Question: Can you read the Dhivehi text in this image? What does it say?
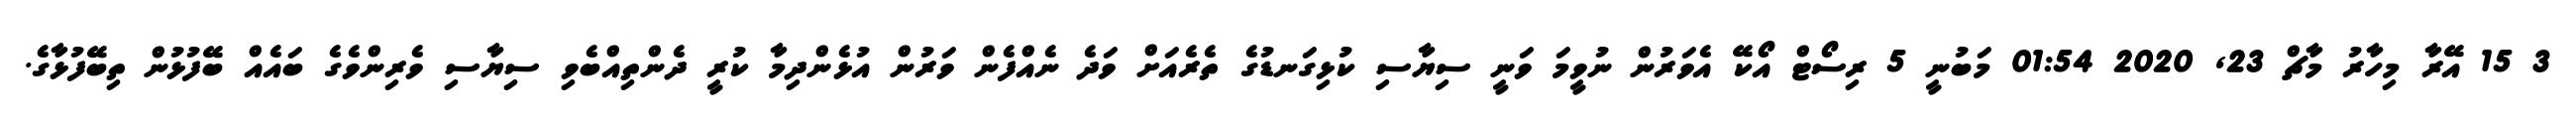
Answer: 3 15 އޭރާ މިހާރު މާޗް 23, 2020 01:54 މަބުނީ 5 ރިސޯޓް އޯކޭ އެވަރުން ނުވީމަ ވަނީ ސިޔާސި ކުޅިގަނޑުގެ ތެރެއަށް ވަދެ ނެއްފެން ވަރުން އުޅެންދިމާ ކުރީ ދެންތިއްބެވި ސިޔާސި ވެރިންވެގެ ބައެއް ބޭފުޅުން ތިބޭފުޅާގެ.